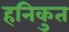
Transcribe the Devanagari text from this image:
हनिकुत